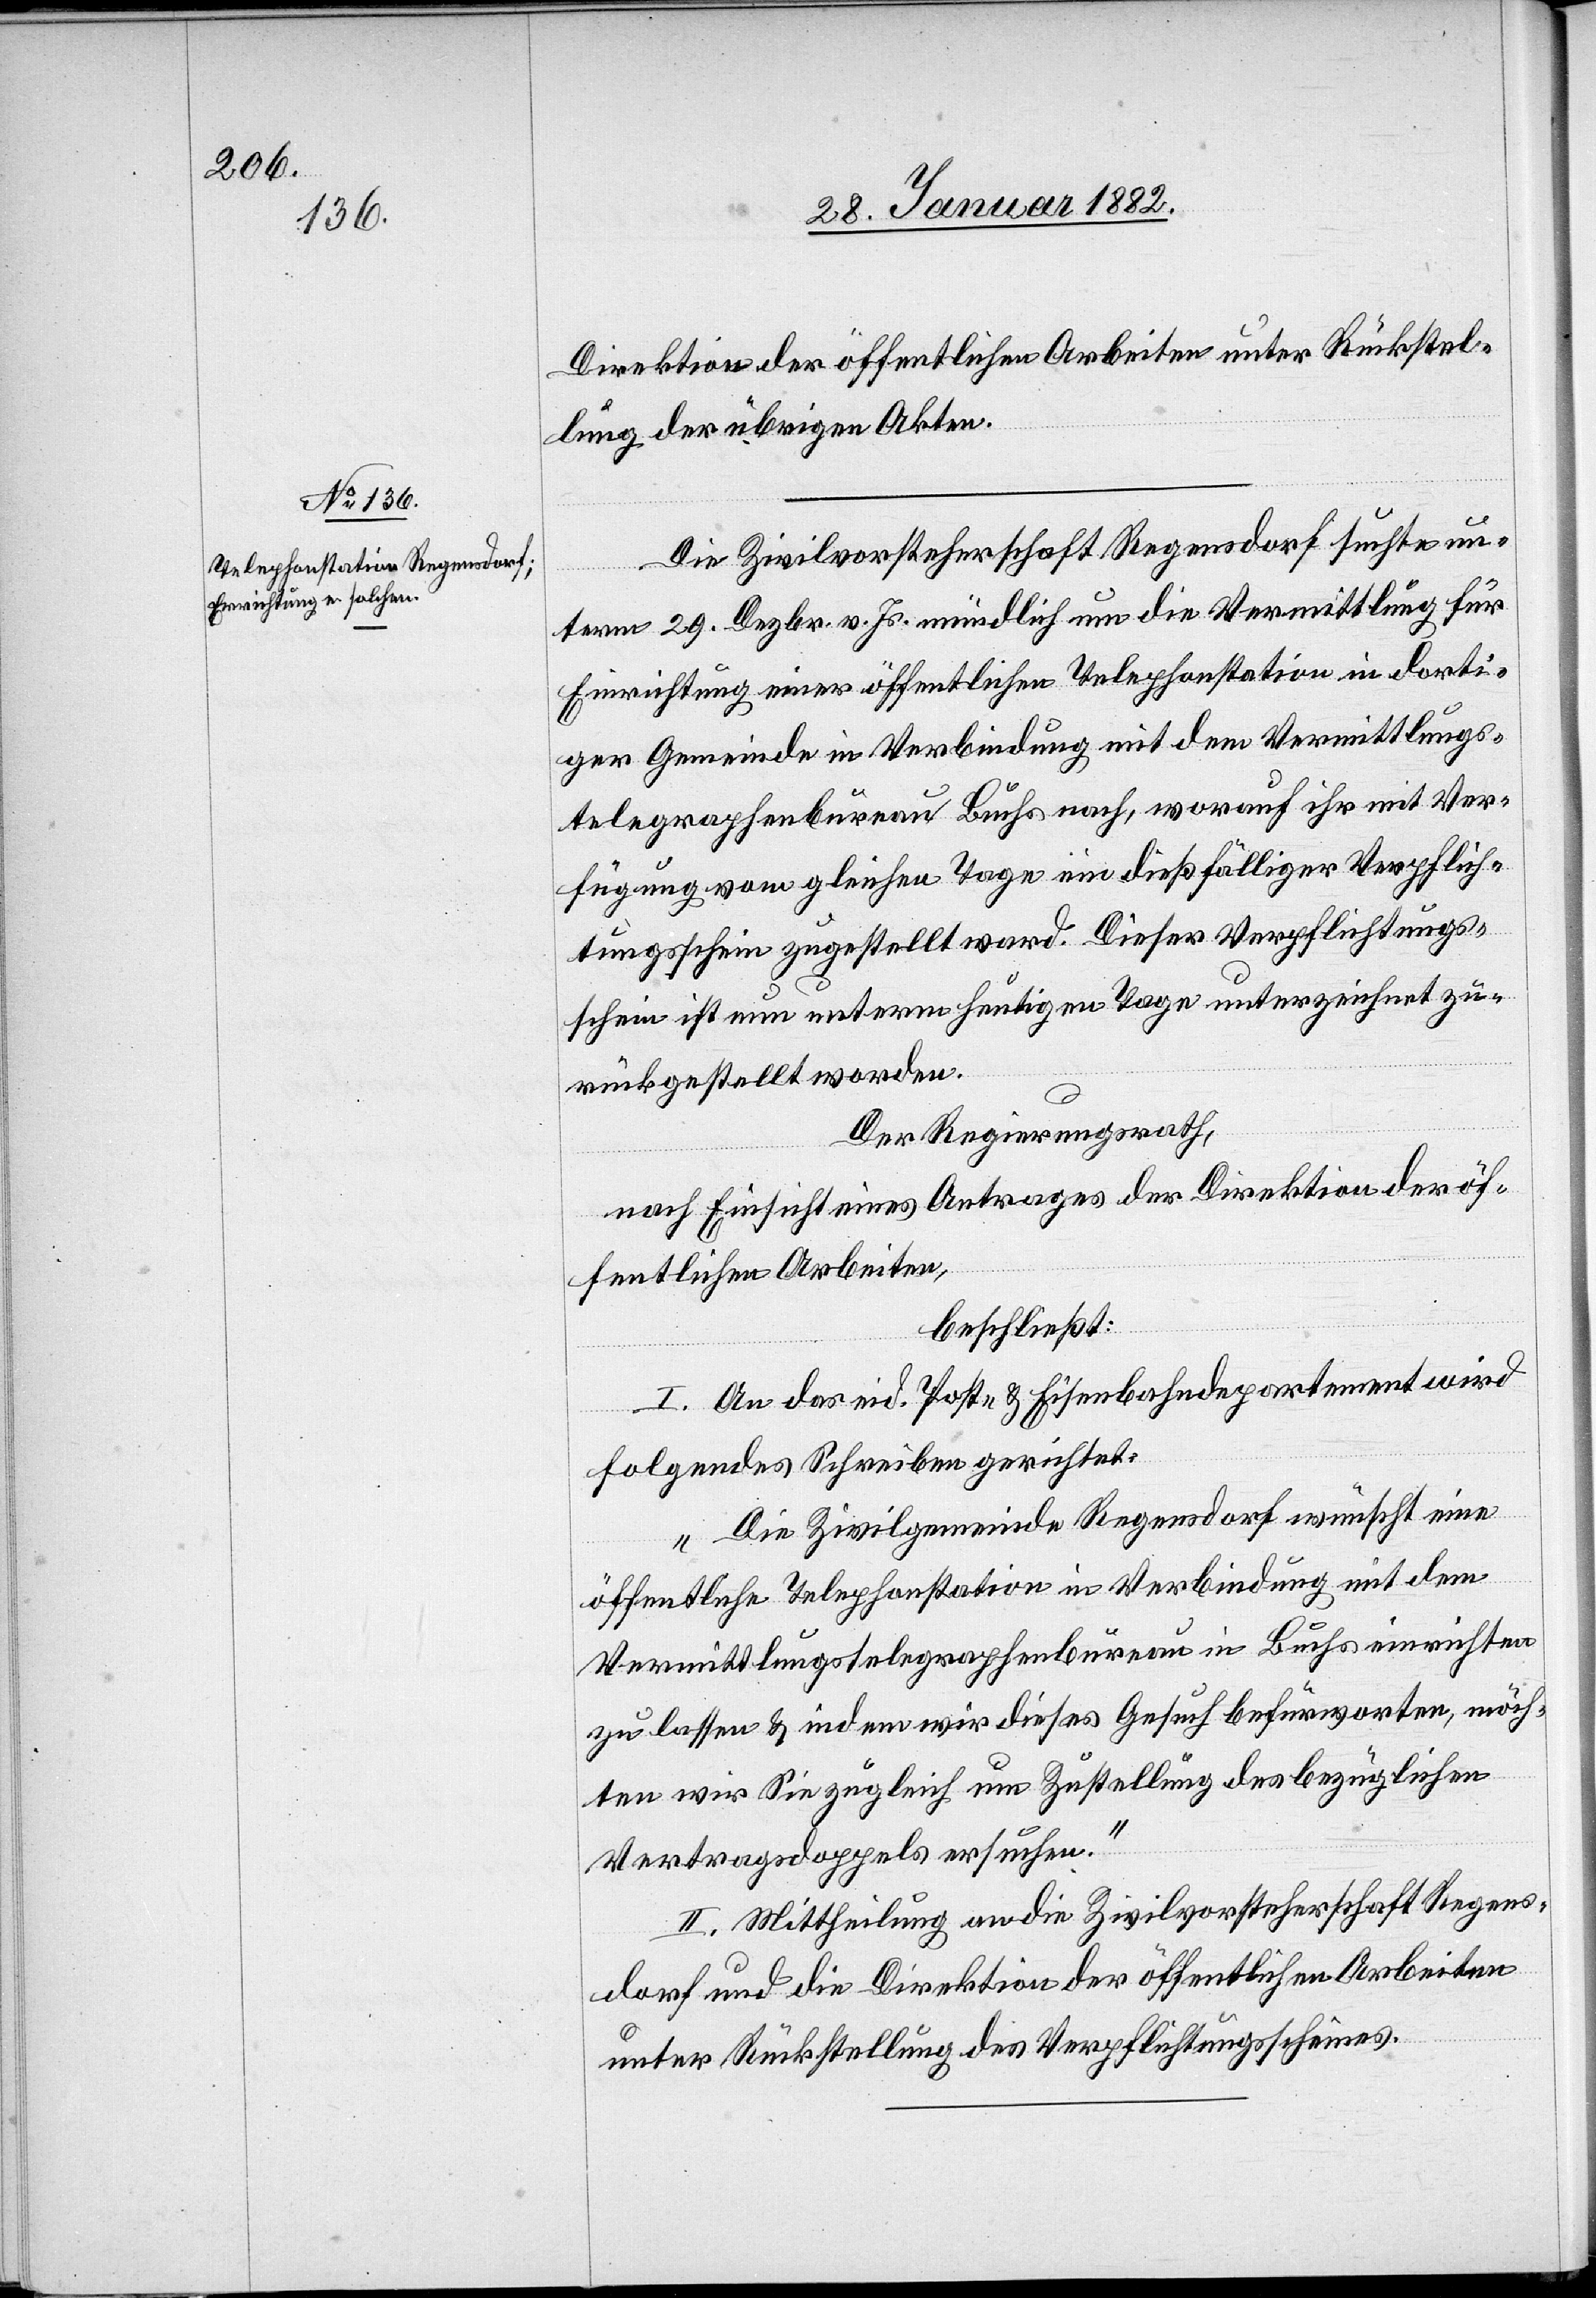
Direktion der öffentlichen Arbeiten unter Rückstel¬
lung der übrigen Akten.
Die Zivilvorsteherschaft Regensdorf suchte un¬
term 29. Dezbr. v. Js. mündlich um die Vermittlung für
Einrichtung einer öffentlichen Telephonstation in dorti¬
ger Gemeinde in Verbindung mit dem Vermittlungs¬
telegraphenbureau Buchs nach, worauf ihr mit Ver¬
fügung vom gleichen Tage eine dießfälliger Verpflich¬
tungsschein zugestellt ward. Dieser Verpflichtungs¬
schein ist nun unterm heutigen Tage unterzeichnet zu¬
rückgestellt worden.
Der Regierungsrath,
nach Einsicht eines Antrages der Direktion der öf¬
fentlichen Arbeiten,
beschließt:
I. An das eid. Post- & Eisenbahndepartement wird
folgendes Schreiben gerichtet:
„Die Zivilgemeinde Regensdorf wünscht eine
öffentliche Telephonstation in Verbindung mit den
Vermittlungstelegraphenbureau in Buchs einzurichten
zu lassen & indem wir dieses Gesuch befürworten, möch¬
ten wir Sie züglich um Zustellung des bezüglichen
Vertragdoppels ersuchen.“
II. Mittheilung an die Zivilvorsteherschaft Regens¬
dorf und die Direktion der öffentlichen Arbeiten
unter Rückstellung des Verpflichtungsscheines.